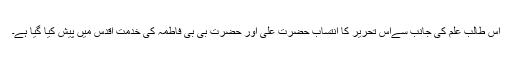
اس طالب علم کی جانب سےاس تحریر کا انتساب حضرت علیؓ اور حضرت بی بی فاطمہؓ کی خدمت اقدس میں پیش کیا گیا ہے۔